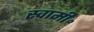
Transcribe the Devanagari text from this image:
स्वामी॰